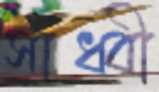
সাধ্বী